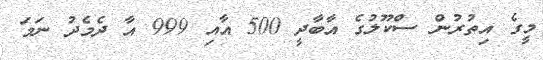
މީގެ އިތުރުން ސްކޫލުގެ އާބާދީ 500 އާއި 999 އާ ދެމެދު ނަމަ